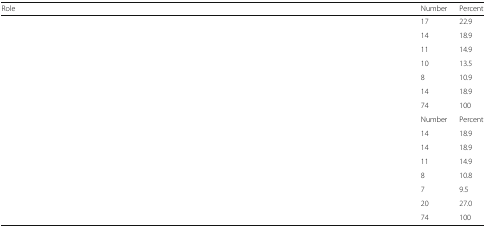
<table><thead><tr><td><b>Role</b></td><td><b>Number</b></td><td><b>Percent</b></td></tr></thead><tbody><tr><td>[EMPTY_CELL]</td><td>17</td><td>22.9</td></tr><tr><td>[EMPTY_CELL]</td><td>14</td><td>18.9</td></tr><tr><td>[EMPTY_CELL]</td><td>11</td><td>14.9</td></tr><tr><td>[EMPTY_CELL]</td><td>10</td><td>13.5</td></tr><tr><td>[EMPTY_CELL]</td><td>8</td><td>10.9</td></tr><tr><td>[EMPTY_CELL]</td><td>14</td><td>18.9</td></tr><tr><td>[EMPTY_CELL]</td><td>74</td><td>100</td></tr><tr><td>[EMPTY_CELL]</td><td>Number</td><td>Percent</td></tr><tr><td>[EMPTY_CELL]</td><td>14</td><td>18.9</td></tr><tr><td>[EMPTY_CELL]</td><td>14</td><td>18.9</td></tr><tr><td>[EMPTY_CELL]</td><td>11</td><td>14.9</td></tr><tr><td>[EMPTY_CELL]</td><td>8</td><td>10.8</td></tr><tr><td>[EMPTY_CELL]</td><td>7</td><td>9.5</td></tr><tr><td>[EMPTY_CELL]</td><td>20</td><td>27.0</td></tr><tr><td>[EMPTY_CELL]</td><td>74</td><td>100</td></tr></tbody></table>